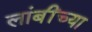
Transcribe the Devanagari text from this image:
लांबींच्या